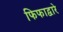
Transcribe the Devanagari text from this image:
फिफाद्वारे